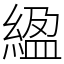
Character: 䋼